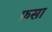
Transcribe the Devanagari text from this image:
फ़सा